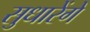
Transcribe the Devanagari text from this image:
सुधारेंगे